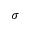
\sigma